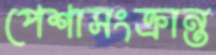
পেশাসংক্রান্ত